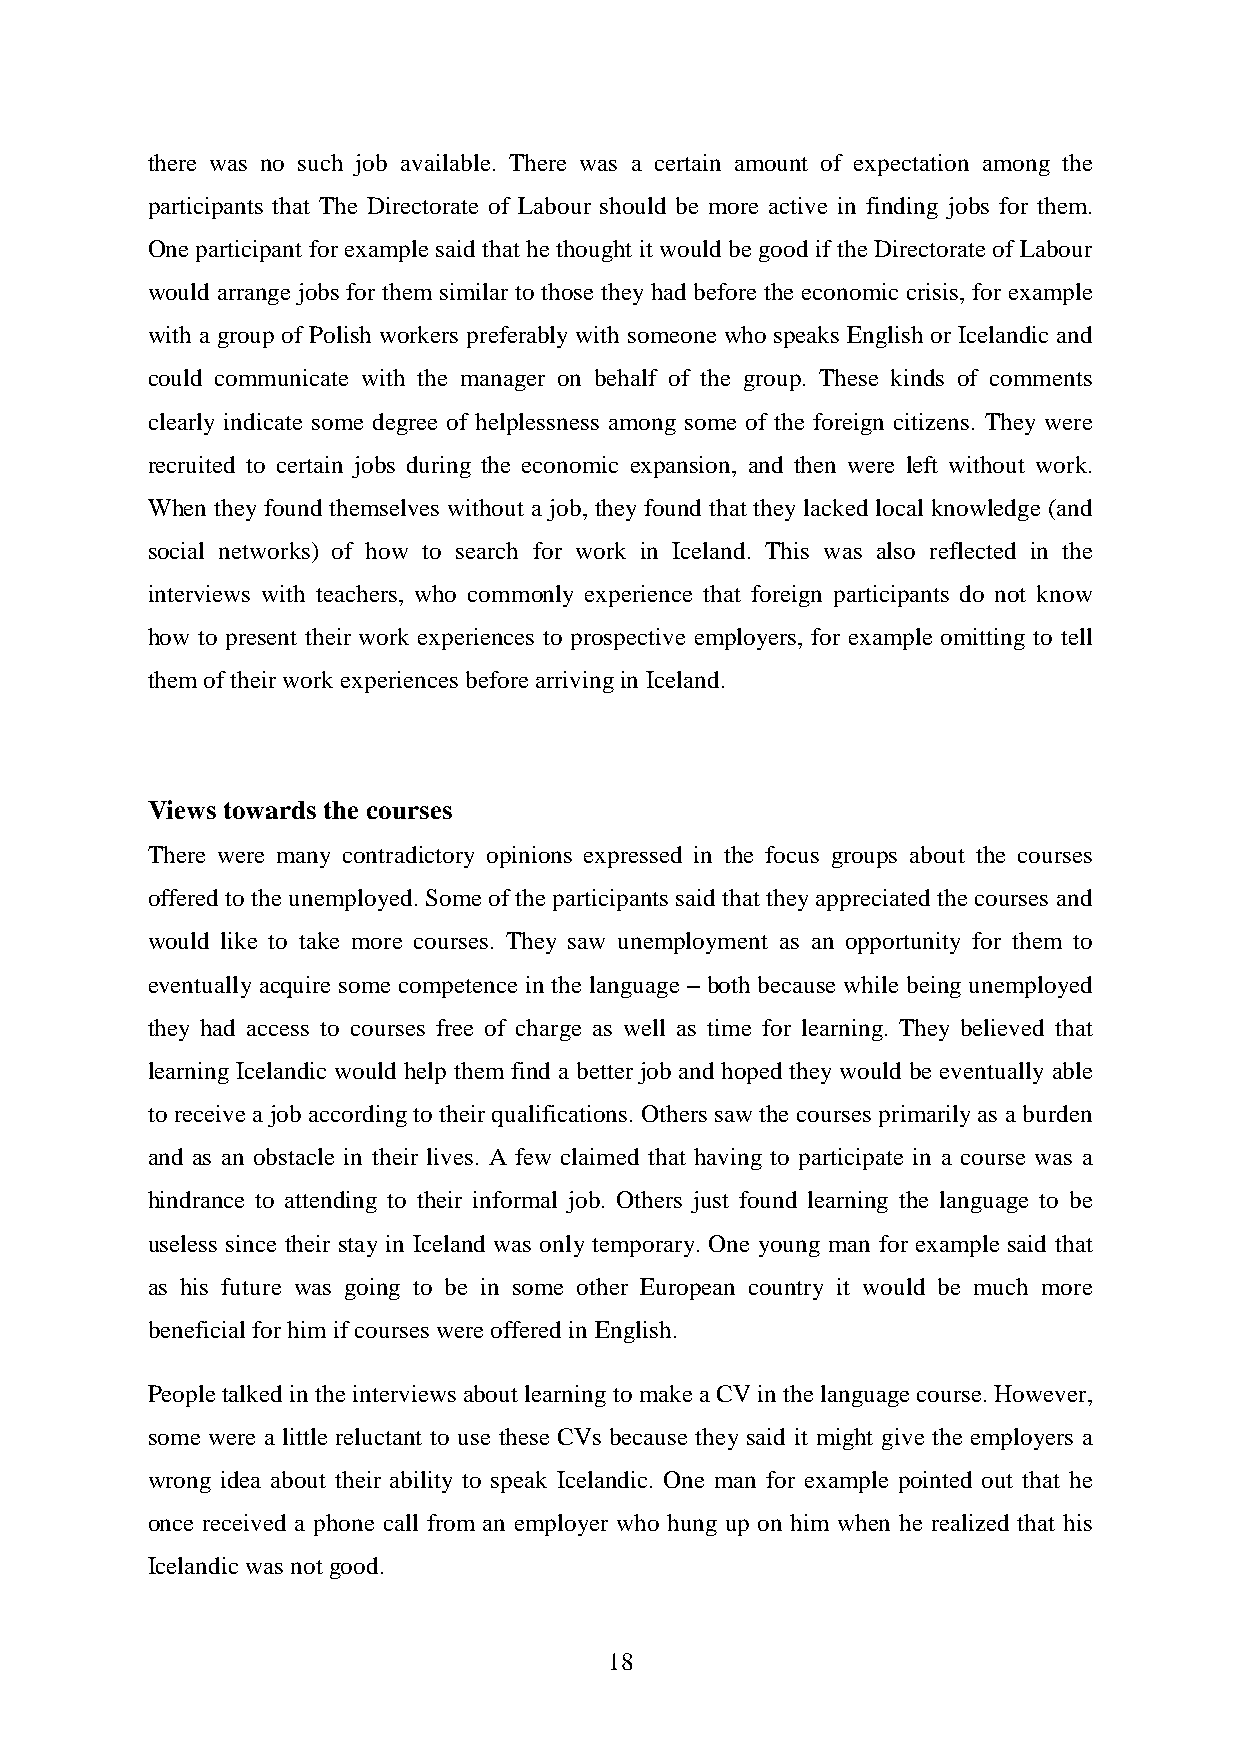
there was no such job available. There was a certain amount of expectation among the
 participants that The Directorate of Labour should be more active in finding jobs for them.
 One participant for example said that he thought it would be good if the Directorate of Labour
 would arrange jobs for them similar to those they had before the economic crisis, for example
 with a group of Polish workers preferably with someone who speaks English or Icelandic and
 could communicate with the manager on behalf of the group. These kinds of comments
 clearly indicate some degree of helplessness among some of the foreign citizens. They were
 recruited to certain jobs during the economic expansion, and then were left without work.
 When they found themselves without a job, they found that they lacked local knowledge (and
 social networks) of how to search for work in Iceland. This was also reflected in the
 interviews with teachers, who commonly experience that foreign participants do not know
 how to present their work experiences to prospective employers, for example omitting to tell
 them of their work experiences before arriving in Iceland.
 Views towards the courses
 There were many contradictory opinions expressed in the focus groups about the courses
 offered to the unemployed. Some of the participants said that they appreciated the courses and
 would like to take more courses. They saw unemployment as an opportunity for them to
 eventually acquire some competence in the language – both because while being unemployed
 they had access to courses free of charge as well as time for learning. They believed that
 learning Icelandic would help them find a better job and hoped they would be eventually able
 to receive a job according to their qualifications. Others saw the courses primarily as a burden
 and as an obstacle in their lives. A few claimed that having to participate in a course was a
 hindrance to attending to their informal job. Others just found learning the language to be
 useless since their stay in Iceland was only temporary. One young man for example said that
 as his future was going to be in some other European country it would be much more
 beneficial for him if courses were offered in English.
 People talked in the interviews about learning to make a CV in the language course. However,
 some were a little reluctant to use these CVs because they said it might give the employers a
 wrong idea about their ability to speak Icelandic. One man for example pointed out that he
 once received a phone call from an employer who hung up on him when he realized that his
 Icelandic was not good.
 18